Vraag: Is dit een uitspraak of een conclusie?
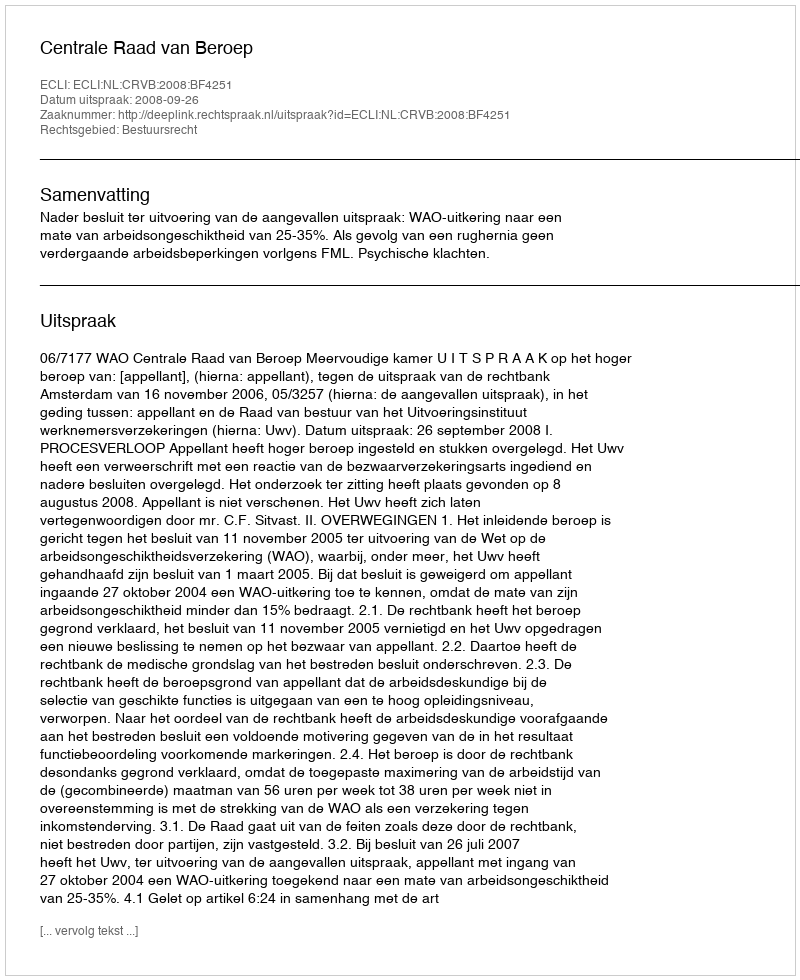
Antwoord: Uitspraak